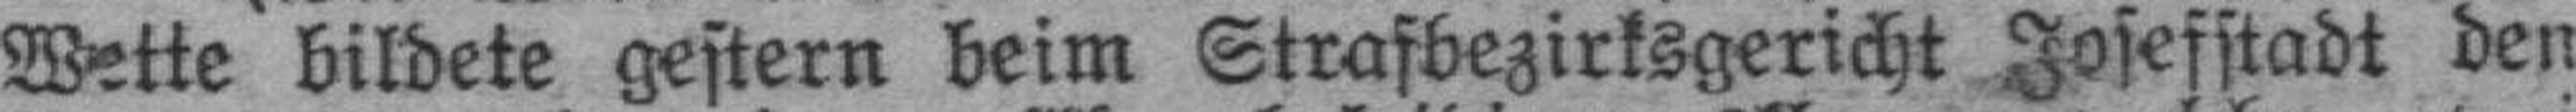
Wette bildete gestern beim Strafbezirksgericht Josefstadt den